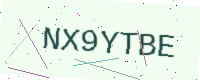
Text: NX9YTBE